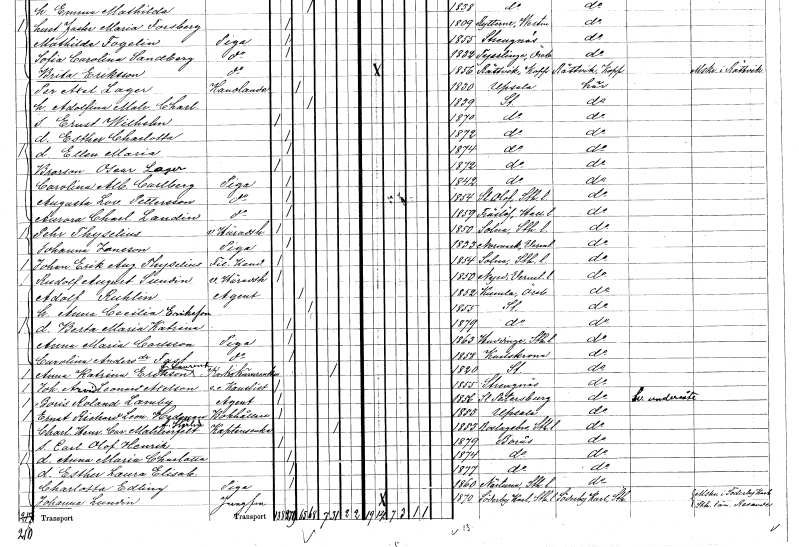
gt_parse: households: individuals: FN: Oscar
EN: Lager
KON: M
CIV: O
FODAR: 1872
FODFORS: Stockholm
FN: Carolina Albertina
EN: Carlberg
YRKE: Piga
KON: K
CIV: O
FODAR: 1842
FODFORS: Stockholm
FN: Augusta Lovisa
EN: Pettersson
YRKE: Piga
KON: K
CIV: O
FODAR: 1854
FODFORS: Sankt Olof Stockholms län
FN: Aurora Charlotta
EN: Landin
YRKE: Piga
KON: K
CIV: O
FODAR: 1859
FODFORS: Träslöv Hallands län
FN: Pehr
EN: Thyselius
YRKE: Häradshövding vice
KON: M
CIV: O
FODAR: 1850
FODFORS: Solna Stockholms län
FN: Johanna
EN: Jonsson
YRKE: Piga
KON: K
CIV: O
FODAR: 1833
FODFORS: Nordmark Värmlands län
FN: Johan Erik August
EN: Thyselius
YRKE: Fil. kand.
KON: M
CIV: O
FODAR: 1854
FODFORS: Solna Stockholms län
FN: Rudolf August
EN: Sundin
YRKE: Häradshövding vice
KON: M
CIV: O
FODAR: 1850
FODFORS: Nyed Värmlands län
FN: Adolf
EN: Ruhlin
YRKE: Agent
KON: M
CIV: G
FODAR: 1852
FODFORS: Kumla Örebro län
FN: Anna Cecilia
EN: Eriksson
KON: K
CIV: G
FODAR: 1855
FODFORS: Stockholm
FN: Berta Maria Katrina
KON: K
CIV: O
FODAR: 1879
FODFORS: Stockholm
FN: Anna Maria
EN: Carlsson
YRKE: Piga
KON: K
CIV: O
FODAR: 1863
FODFORS: Huddinge Stockholms län
FN: Carolina
EN: Andersdotter Fast
YRKE: Piga
KON: K
CIV: O
FODAR: 1858
FODFORS: Karlskrona Blekinge län
FN: Anna Katrina
EN: Erikson Laurent
YRKE: Korkskärareänka
KON: K
CIV: E
FODAR: 1820
FODFORS: Stockholm
FN: Johan Arvid Leonard
EN: Axelson
YRKE: Kanslist e.o.
KON: M
CIV: O
FODAR: 1855
FODFORS: Strängnäs Södermanlands län
FN: Boris Roland
EN: Lamby
YRKE: Agent
KON: M
CIV: O
FODAR: 1856
FN: Ernst Richard Leonard
EN: Hedman
YRKE: Bokhållare
KON: M
CIV: O
FODAR: 1853
FODFORS: Uppsala Uppsala län
FN: Charlotta Henrika Carolina
EN: Mahnerfelt Härlin
YRKE: Kaptensänka
KON: K
CIV: E
FODAR: 1853
FODFORS: Roslags-Bro Stockholms län
FN: Carl Olof Henrik
KON: M
CIV: O
FODAR: 1879
FODFORS: Borås Älvsborgs län
FN: Anna Maria Charlotta
KON: K
CIV: O
FODAR: 1874
FODFORS: Borås Älvsborgs län
FN: Esther Laura Elisabet
KON: K
CIV: O
FODAR: 1877
FODFORS: Borås Älvsborgs län
FN: Charlotta
EN: Edling
YRKE: Piga
KON: K
CIV: O
FODAR: 1860
FODFORS: Närtuna Stockholms län
FN: Johanna
EN: Lundin
YRKE: Jungfru
KON: K
CIV: O
FODAR: 1870
FODFORS: Söderby-Karl Stockholms län